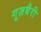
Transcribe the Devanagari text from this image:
गूज़बैरी